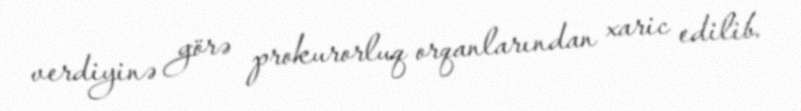
verdiyinə görə prokurorluq orqanlarından xaric edilib.